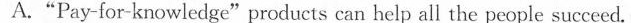
A."Pay-for-knowledge"products can help all the people succeed.